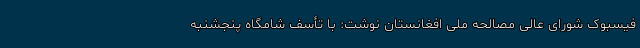
فیسبوک شورای عالی مصالحه ملی افغانستان نوشت: با تأسف شامگاه پنجشنبه